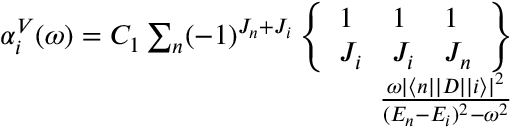
\begin{array} { r } { \alpha _ { i } ^ { V } ( \omega ) = C _ { 1 } \sum _ { n } ( - 1 ) ^ { J _ { n } + J _ { i } } \left\{ \begin{array} { l l l } { 1 } & { 1 } & { 1 } \\ { J _ { i } } & { J _ { i } } & { J _ { n } } \end{array} \right\} } \\ { \frac { \omega | \langle n | | D | | i \rangle | ^ { 2 } } { ( E _ { n } - E _ { i } ) ^ { 2 } - \omega ^ { 2 } } } \end{array}